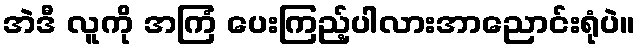
အဲဒီ လူကို အကြံ ပေးကြည့်ပါလားအာညောင်းရုံပဲ။